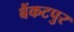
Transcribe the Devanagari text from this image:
बैंकटपुर